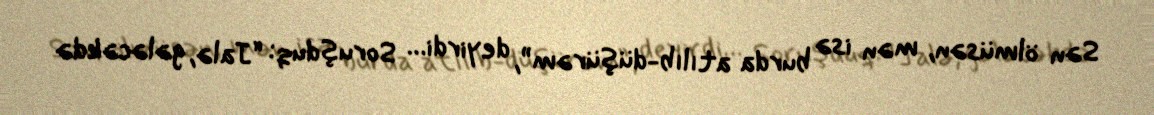
Sən ölmüsən, mən isə burda atılıb-düşürəm”, deyirdi… Soruşduq: “Jalə, gələcəkdə